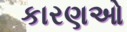
કારણઓ